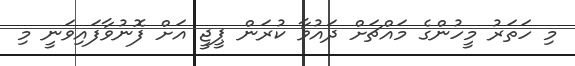
މި ހަތަރު މީހުންގެ މައްޗަށް ދައުވާ ކުރަން ޕީޖީ އަށް ފޮނުވާފައިވަނީ މި